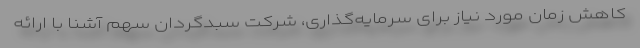
کاهش زمان مورد نیاز برای سرمایه‌گذاری، شرکت سبدگردان سهم آشنا با ارائه